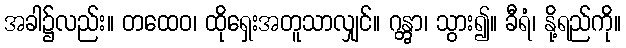
အခါ၌လည်း။ တထေဝ၊ ထိုရှေးအတူသာလျှင်။ ဂန္တွာ၊ သွား၍။ ခီရံ၊ နို့ရည်ကို။